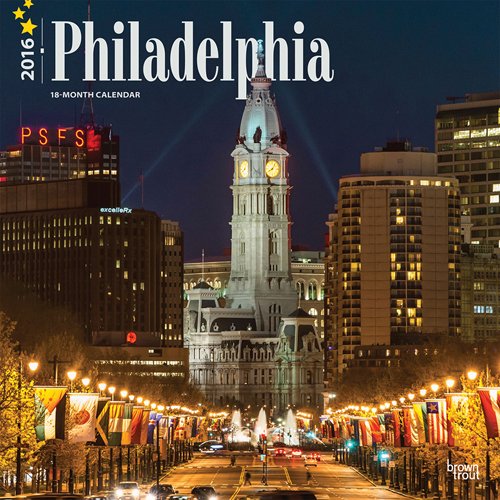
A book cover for Philadelphia 2016 Square 12x12; Browntrout Publishers; Travel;